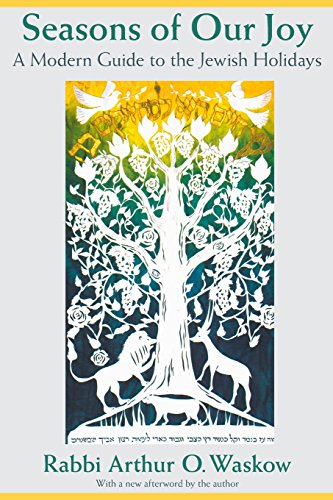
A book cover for Seasons of Our Joy: A Modern Guide to the Jewish Holidays; Rabbi Arthur O. Waskow; Cookbooks, Food & Wine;